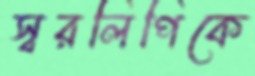
স্বরলিপিকে